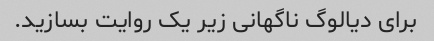
برای دیالوگ ناگهانی زیر یک روایت بسازید.